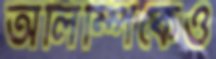
অলিম্পিকেও